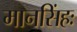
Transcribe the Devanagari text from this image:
मानसिंहः